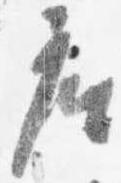
座